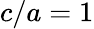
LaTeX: c/a=1